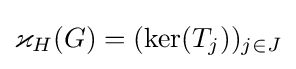
\varkappa _{H}(G)=(\ker(T_{j}))_{j\in J}